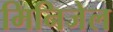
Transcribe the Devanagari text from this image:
मिनिजेल